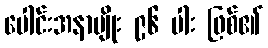
ပေါင်းအနာမျိုး ၉၆ ပါး ဖြစ်၏